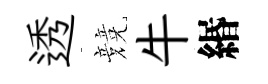
透競牛緡